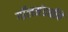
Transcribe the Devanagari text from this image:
गॉलमंडळींचे